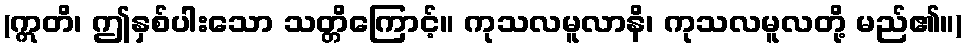
(ဣတိ၊ ဤနှစ်ပါးသော သတ္တိကြောင့်။ ကုသလမူလာနိ၊ ကုသလမူလတို့ မည်၏။)